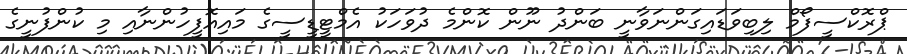
ޕްރޮކްސީފޯމް ލިބިވަޑައިގަންނަވާނީ ބަންދު ނޫން ކޮންމެ ދުވަހަކު އެމްޓީޑީސީގެ މައިއޮފީހުންނާއި މި ކުންފުނީގެ